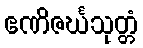
ဧဏိဇင်္ဃသုတ္တံ